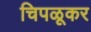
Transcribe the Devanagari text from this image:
चिपळूकर